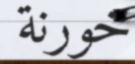
خورنة